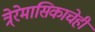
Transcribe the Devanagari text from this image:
त्रे्रेमासिकाचेही